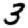
Digit: 3